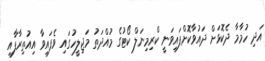
އަދި ހުމާމާ ދެކޮޅަށް ދައުވާކޮށްފައިވަނީ ކްރިމިނަލް ކޯޓުގެ މުއްދަތު މަޖިލީހުގައި ވެފައިވާ އިއުތިރާފާއި